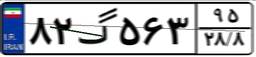
۸۲گ۵۶۳۹۵